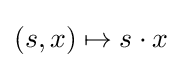
(s,x)\mapsto s\cdot x